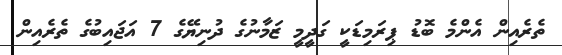
ތެރެއިން އެންމެ ބޮޑު ޕިރަމިޑަކީ ގަދީމީ ޒަމާނުގެ ދުނިޔޭގެ 7 އަޖައިބުގެ ތެރެއިން